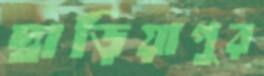
দ্বাড়িয়াপুর